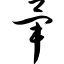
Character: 毕